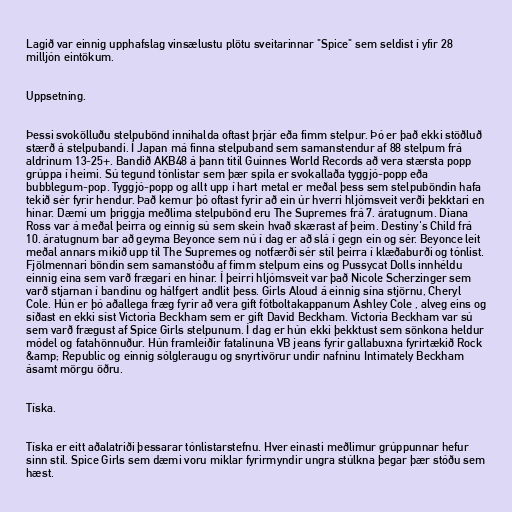
Lagið var einnig upphafslag vinsælustu plötu sveitarinnar "Spice" sem seldist í yfir 28
milljón eintökum.

Uppsetning.

Þessi svokölluðu stelpubönd innihalda oftast þrjár eða fimm stelpur. Þó er það ekki stöðluð
stærð á stelpubandi. Í Japan má finna stelpuband sem samanstendur af 88 stelpum frá
aldrinum 13-25+. Bandið AKB48 á þann titil Guinnes World Records að vera stærsta popp
grúppa í heimi. Sú tegund tónlistar sem þær spila er svokallaða tyggjó-popp eða
bubblegum-pop. Tyggjó-popp og allt upp í hart metal er meðal þess sem stelpuböndin hafa
tekið sér fyrir hendur. Það kemur þó oftast fyrir að ein úr hverri hljómsveit verði þekktari en
hinar. Dæmi um þriggja meðlima stelpubönd eru The Supremes frá 7. áratugnum. Diana
Ross var á meðal þeirra og einnig sú sem skein hvað skærast af þeim. Destiny's Child frá
10. áratugnum bar að geyma Beyonce sem nú í dag er að slá í gegn ein og sér. Beyonce leit
meðal annars mikið upp til The Supremes og notfærði sér stíl þeirra í klæðaburði og tónlist.
Fjölmennari böndin sem samanstóðu af fimm stelpum eins og Pussycat Dolls innhéldu
einnig eina sem varð frægari en hinar. Í þeirri hljómsveit var það Nicole Scherzinger sem
varð stjarnan í bandinu og hálfgert andlit þess. Girls Aloud á einnig sína stjörnu, Cheryl
Cole. Hún er þó aðallega fræg fyrir að vera gift fótboltakappanum Ashley Cole , alveg eins og
síðast en ekki síst Victoria Beckham sem er gift David Beckham. Victoria Beckham var sú
sem varð frægust af Spice Girls stelpunum. Í dag er hún ekki þekktust sem sönkona heldur
módel og fatahönnuður. Hún framleiðir fatalínuna VB jeans fyrir gallabuxna fyrirtækið Rock
&amp; Republic og einnig sólgleraugu og snyrtivörur undir nafninu Intimately Beckham
ásamt mörgu öðru.

Tíska.

Tíska er eitt aðalatriði þessarar tónlistarstefnu. Hver einasti meðlimur grúppunnar hefur
sinn stíl. Spice Girls sem dæmi voru miklar fyrirmyndir ungra stúlkna þegar þær stóðu sem
hæst.